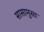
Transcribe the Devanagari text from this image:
सासामुसा